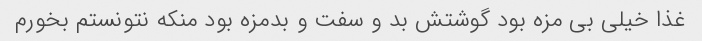
غذا خیلی بی مزه بود گوشتش بد و سفت و بدمزه بود منکه نتونستم بخورم